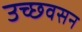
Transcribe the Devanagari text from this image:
उच्छवसन